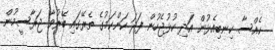
ކެއްސާ ކިނބިއެޅުން އަދި ކުޅުޖެހުން ފަދަ ކަންކަމުގެ ތެރޭގައި ބޭރުވާ ޖަރާސީމުން